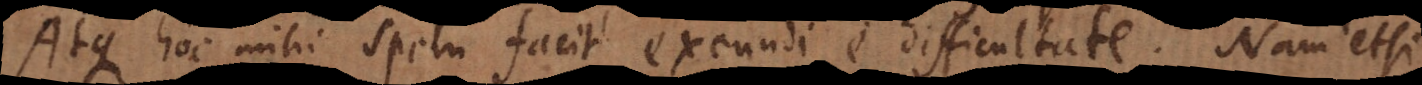
Atque hoc mihi spem facit exeundi e difficultate. Nam etsi